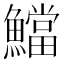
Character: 𩼉